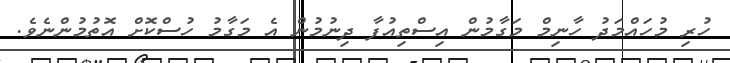
ހުރި މުހައްމަދު ހާނިމް މަގާމުން އިސްތިއުފާ ދިނުމުން އެ މަގާމު ހުސްކޮށް އޮތުމުންނެވެ.